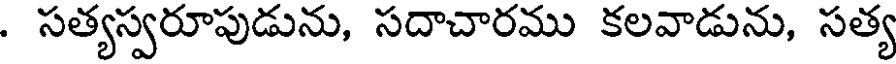
. సత్యస్వరూపుడును, సదాచారము కలవాడును, సత్య